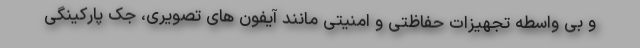
و بی واسطه تجهیزات حفاظتی و امنیتی مانند آیفون های تصویری، جک پارکینگی